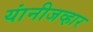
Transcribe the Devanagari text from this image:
यांनीजव्हार